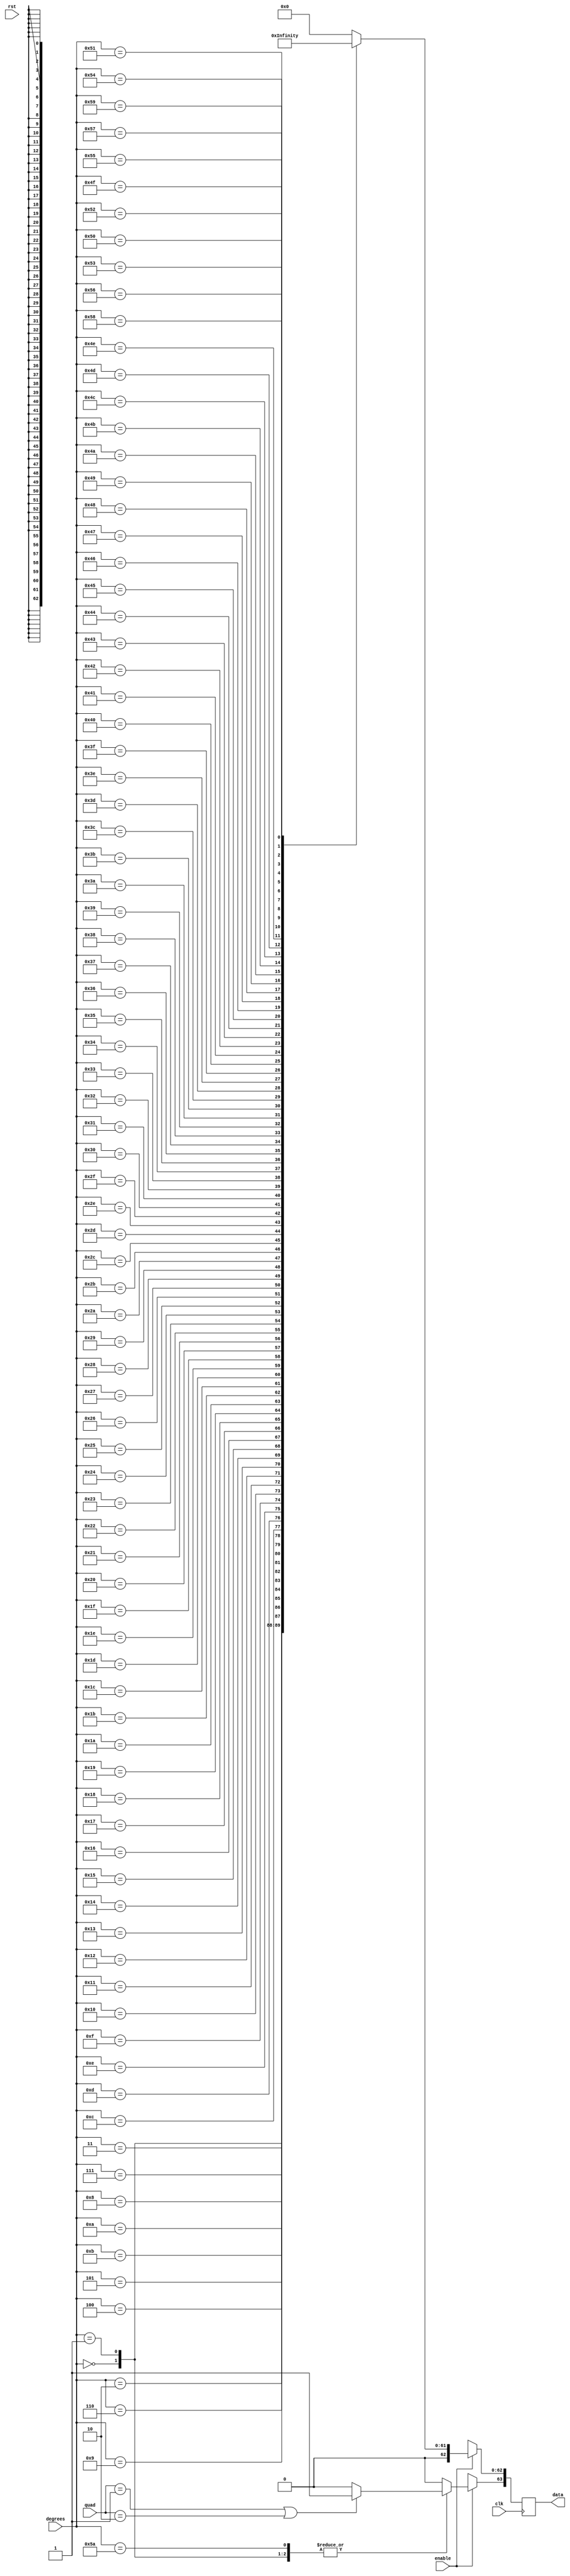
`define INPUT_WIDTH 32
`define INPUT_WIDTH 32
`define INPUT_WIDTH 32
`define INPUT_WIDTH 32
`define INPUT_WIDTH 32
`define INPUT_WIDTH 32
`define INPUT_WIDTH 32
`define INPUT_WIDTH 32

module cosine_lut (quad, enable, degrees, data, rst, clk);

input [1:0] quad;
input enable;
input rst;
input [`INPUT_WIDTH-1:0] degrees ;
input clk;

//////////////inputs/////////////////

output reg [63:0] data;

//////////////output/////////////////


always@(posedge clk )

//needs to be positive in first and fourth quadrants

 begin
        if (quad == 2'b01 || quad == 2'b10)
        begin
        data[63] <= 1'b1;
        end

        else
        begin
        data[63] <= 1'b0;
        end

	if(enable)
	case (degrees)

//look up table
 
`INPUT_WIDTH'd0  : data[62:0] <= 64'h3ff0000000000000;
`INPUT_WIDTH'd1  : data[62:0] <= 64'h3feffec097f5af8a;
`INPUT_WIDTH'd2  : data[62:0] <= 64'h3feffb0278bf0567;
`INPUT_WIDTH'd3  : data[62:0] <= 64'h3feff4c5ed12e61d;
`INPUT_WIDTH'd4  : data[62:0] <= 64'h3fefec0b7170fff6;
`INPUT_WIDTH'd5  : data[62:0] <= 64'h3fefe0d3b41815a2;
`INPUT_WIDTH'd6  : data[62:0] <= 64'h3fefd31f94f867c6;
`INPUT_WIDTH'd7  : data[62:0] <= 64'h3fefc2f025a23e8b;
`INPUT_WIDTH'd8  : data[62:0] <= 64'h3fefb046a930947a;
`INPUT_WIDTH'd9  : data[62:0] <= 64'h3fef9b24942fe45c;
`INPUT_WIDTH'd10 : data[62:0] <= 64'h3fef838b8c811c17;
`INPUT_WIDTH'd11 : data[62:0] <= 64'h3fef697d6938b6c2;
`INPUT_WIDTH'd12 : data[62:0] <= 64'h3fef4cfc327a0080;
`INPUT_WIDTH'd13 : data[62:0] <= 64'h3fef2e0a214e870f;
`INPUT_WIDTH'd14 : data[62:0] <= 64'h3fef0ca99f79ba25;
`INPUT_WIDTH'd15 : data[62:0] <= 64'h3feee8dd4748bf15;
`INPUT_WIDTH'd16 : data[62:0] <= 64'h3feec2a7e35e7b80;
`INPUT_WIDTH'd17 : data[62:0] <= 64'h3fee9a0c6e7bdb20;
`INPUT_WIDTH'd18 : data[62:0] <= 64'h3fee6f0e134454ff;
`INPUT_WIDTH'd19 : data[62:0] <= 64'h3fee41b02bfeb4cb;
`INPUT_WIDTH'd20 : data[62:0] <= 64'h3fee11f642522d1c;
`INPUT_WIDTH'd21 : data[62:0] <= 64'h3feddfe40effb805;
`INPUT_WIDTH'd22 : data[62:0] <= 64'h3fedab7d7997cb58;
`INPUT_WIDTH'd23 : data[62:0] <= 64'h3fed74c6982c666f;
`INPUT_WIDTH'd24 : data[62:0] <= 64'h3fed3bc3aeff7f95;
`INPUT_WIDTH'd25 : data[62:0] <= 64'h3fed0079302dd767;
`INPUT_WIDTH'd26 : data[62:0] <= 64'h3fecc2ebbb5638ca;
`INPUT_WIDTH'd27 : data[62:0] <= 64'h3fec83201d3d2c6d;
`INPUT_WIDTH'd28 : data[62:0] <= 64'h3fec411b4f6d2708;
`INPUT_WIDTH'd29 : data[62:0] <= 64'h3febfce277d339c6;
`INPUT_WIDTH'd30 : data[62:0] <= 64'h3febb67ae8584cab;
`INPUT_WIDTH'd31 : data[62:0] <= 64'h3feb6dea1e76eade;
`INPUT_WIDTH'd32 : data[62:0] <= 64'h3feb2335c2cda945;
`INPUT_WIDTH'd33 : data[62:0] <= 64'h3fead663a8ae2fdc;
`INPUT_WIDTH'd34 : data[62:0] <= 64'h3fea8779cda8eea5;
`INPUT_WIDTH'd35 : data[62:0] <= 64'h3fea367e59158747;
`INPUT_WIDTH'd36 : data[62:0] <= 64'h3fe9e3779b97f4a8;
`INPUT_WIDTH'd37 : data[62:0] <= 64'h3fe98e6c0ea27a14;
`INPUT_WIDTH'd38 : data[62:0] <= 64'h3fe9376253f463d1;
`INPUT_WIDTH'd39 : data[62:0] <= 64'h3fe8de613515a328;
`INPUT_WIDTH'd40 : data[62:0] <= 64'h3fe8836fa2cf5039;
`INPUT_WIDTH'd41 : data[62:0] <= 64'h3fe82694b4a11c37;
`INPUT_WIDTH'd42 : data[62:0] <= 64'h3fe7c7d7a833bec2;
`INPUT_WIDTH'd43 : data[62:0] <= 64'h3fe7673fe0c86982;
`INPUT_WIDTH'd44 : data[62:0] <= 64'h3fe704d4e6a54d39;
`INPUT_WIDTH'd45 : data[62:0] <= 64'h3fe6a09e667f3bcd;
`INPUT_WIDTH'd46 : data[62:0] <= 64'h3fe63aa430e07311;
`INPUT_WIDTH'd47 : data[62:0] <= 64'h3fe5d2ee398c9c2b;
`INPUT_WIDTH'd48 : data[62:0] <= 64'h3fe5698496e20bd8;
`INPUT_WIDTH'd49 : data[62:0] <= 64'h3fe4fe6f81384fd5;
`INPUT_WIDTH'd50 : data[62:0] <= 64'h3fe491b7523c161d;
`INPUT_WIDTH'd51 : data[62:0] <= 64'h3fe4236484487abe;
`INPUT_WIDTH'd52 : data[62:0] <= 64'h3fe3b37fb1bdc939;
`INPUT_WIDTH'd53 : data[62:0] <= 64'h3fe342119455beb7;
`INPUT_WIDTH'd54 : data[62:0] <= 64'h3fe2cf2304755a5e;
`INPUT_WIDTH'd55 : data[62:0] <= 64'h3fe25abcf87c4979;
`INPUT_WIDTH'd56 : data[62:0] <= 64'h3fe1e4e88411fd12;
`INPUT_WIDTH'd57 : data[62:0] <= 64'h3fe16daed770771e;
`INPUT_WIDTH'd58 : data[62:0] <= 64'h3fe0f5193eacdd2a;
`INPUT_WIDTH'd59 : data[62:0] <= 64'h3fe07b3120fddf15;
`INPUT_WIDTH'd60 : data[62:0] <= 64'h3fe0000000000001;
`INPUT_WIDTH'd61 : data[62:0] <= 64'h3fdf071eedefa0ee;
`INPUT_WIDTH'd62 : data[62:0] <= 64'h3fde0bd27424507a;
`INPUT_WIDTH'd63 : data[62:0] <= 64'h3fdd0e2e2b44de01;
`INPUT_WIDTH'd64 : data[62:0] <= 64'h3fdc0e45dabe05c9;
`INPUT_WIDTH'd65 : data[62:0] <= 64'h3fdb0c2d77379853;
`INPUT_WIDTH'd66 : data[62:0] <= 64'h3fda07f921061ad4;
`INPUT_WIDTH'd67 : data[62:0] <= 64'h3fd901bd2298ffaa;
`INPUT_WIDTH'd68 : data[62:0] <= 64'h3fd7f98deee59684;
`INPUT_WIDTH'd69 : data[62:0] <= 64'h3fd6ef801fced33a;
`INPUT_WIDTH'd70 : data[62:0] <= 64'h3fd5e3a8748a0bf7;
`INPUT_WIDTH'd71 : data[62:0] <= 64'h3fd4d61bd000cddd;
`INPUT_WIDTH'd72 : data[62:0] <= 64'h3fd3c6ef372fe950;
`INPUT_WIDTH'd73 : data[62:0] <= 64'h3fd2b637cf83d5c8;
`INPUT_WIDTH'd74 : data[62:0] <= 64'h3fd1a40add328e29;
`INPUT_WIDTH'd75 : data[62:0] <= 64'h3fd0907dc1930690;
`INPUT_WIDTH'd76 : data[62:0] <= 64'h3fcef74bf2e4b91b;
`INPUT_WIDTH'd77 : data[62:0] <= 64'h3fcccb3236cdc67a;
`INPUT_WIDTH'd78 : data[62:0] <= 64'h3fca9cd9ac4258f2;
`INPUT_WIDTH'd79 : data[62:0] <= 64'h3fc86c6ddd766253;
`INPUT_WIDTH'd80 : data[62:0] <= 64'h3fc63a1a7e0b738c;
`INPUT_WIDTH'd81 : data[62:0] <= 64'h3fc4060b67a85377;
`INPUT_WIDTH'd82 : data[62:0] <= 64'h3fc1d06c968d9e1a;
`INPUT_WIDTH'd83 : data[62:0] <= 64'h3fbf32d44c4f62d4;
`INPUT_WIDTH'd84 : data[62:0] <= 64'h3fbac2609b3c576b;
`INPUT_WIDTH'd85 : data[62:0] <= 64'h3fb64fd6b8c28110;
`INPUT_WIDTH'd86 : data[62:0] <= 64'h3fb1db8f6d6a5123;
`INPUT_WIDTH'd87 : data[62:0] <= 64'h3faacbc748efc921;
`INPUT_WIDTH'd88 : data[62:0] <= 64'h3fa1de58c9f7dc37;
`INPUT_WIDTH'd89 : data[62:0] <= 64'h3f91df0b2b89dd37;
`INPUT_WIDTH'd90 : data[62:0] <= 64'h0000000000000000;

default:data <= 64'h0;

endcase

else 
  data <= 64'hxxxxxxxxxxxxxxx;




end

endmodule